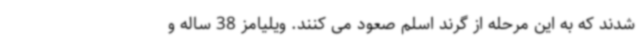
شدند که به این مرحله از گرند اسلم صعود می کنند. ویلیامز 38 ساله و